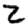
Digit: 2